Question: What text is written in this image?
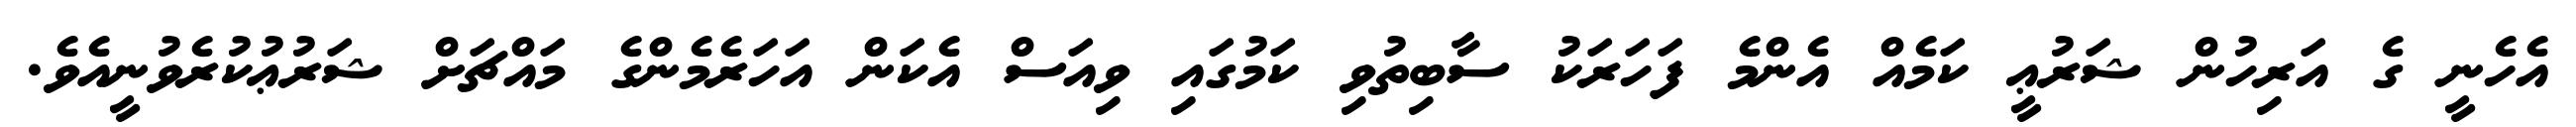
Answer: އެހެނީ ގެ އަރިހުން ޝަރުޢީ ކަމެއް އެންމެ ފަހަރަކު ސާބިތުވި ކަމުގައި ވިއަސް އެކަން އަހަރެމެންގެ މައްޗަށް ޝަރުޢުކުރެވުނީއެވެ.